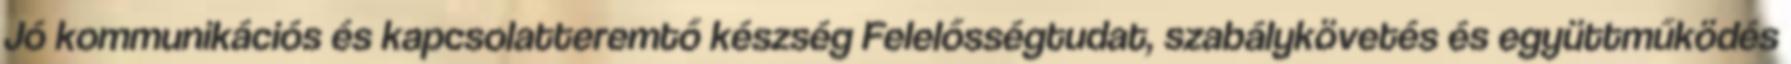
Jó kommunikációs és kapcsolatteremtő készség Felelősségtudat, szabálykövetés és együttműködés